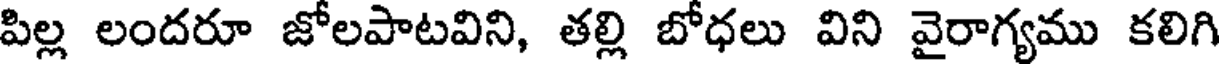
పిల్ల లందరూ జోలపాటవిని, తల్లి బోధలు విని వైరాగ్యము కలిగి